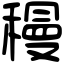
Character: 䅼